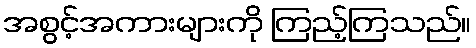
အစွင့်အကားများကို ကြည့်ကြသည်။